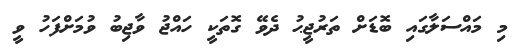
މި މައްސަލާގައި ބޮޑަށް ތަރުޖީޙު ދެވޭ ގޮތަކީ ހައްޖު ވާޖިބު ވުމަށްފަހު ވީ